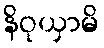
နိဝုယှာမိ